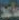
ساعد